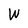
Character: W